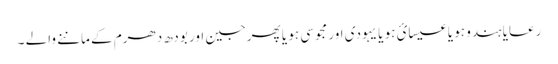
رعایا ہندو ہو یا عیسائ ہو یا یہودی اور مجوسی ہو یا پھرجین اور بودھ دھرم کے ماننے والے ۔